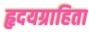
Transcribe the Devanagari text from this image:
हृदयग्राहिता